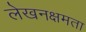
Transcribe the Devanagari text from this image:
लेखनक्षमता